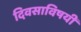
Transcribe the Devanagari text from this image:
दिवसाविषयी